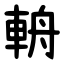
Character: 輈